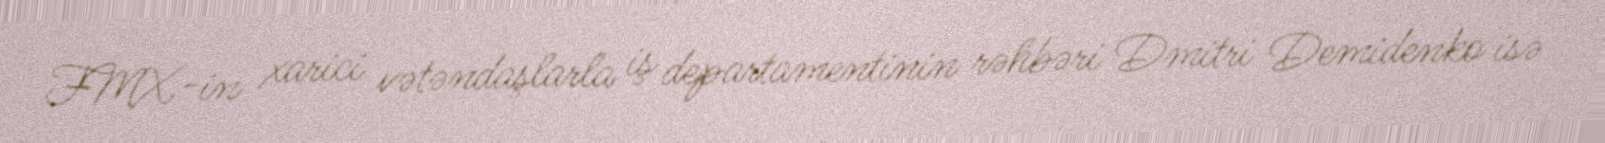
FMX-in xarici vətəndaşlarla iş departamentinin rəhbəri Dmitri Demidenko isə